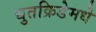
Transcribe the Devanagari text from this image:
द्युतक्रिडेमधे